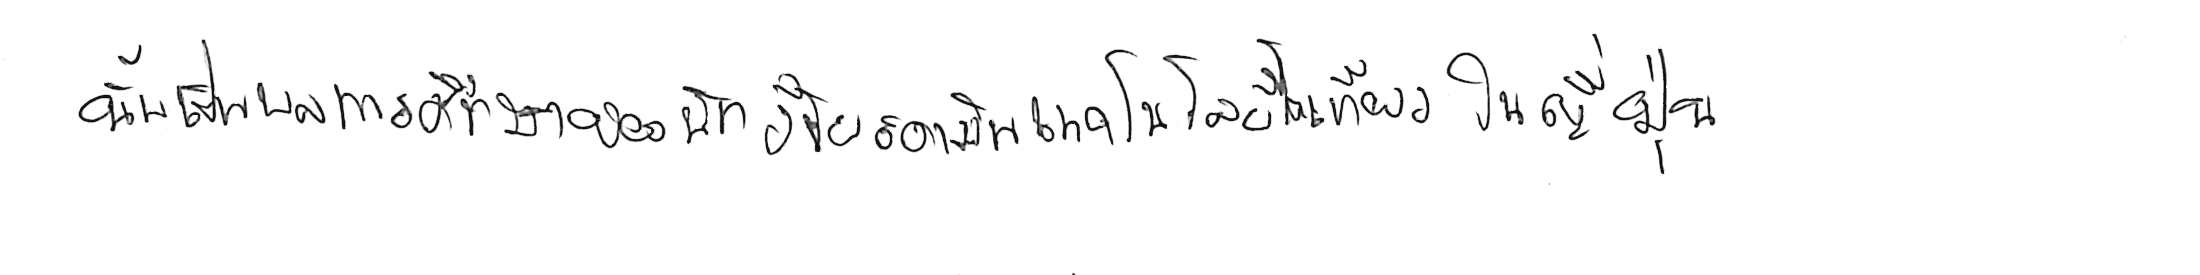
นั่นเป็นผลการศึกษาของนักวิจัยสถาบันเทคโนโลยีโตเกียว ในญี่ปุ่น